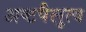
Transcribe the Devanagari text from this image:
अष्टपैलुत्व